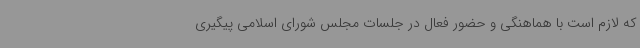
که لازم است با هماهنگی و حضور فعال در جلسات مجلس شورای اسلامی پیگیری